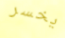
يخسر